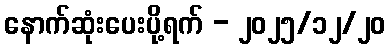
နောက်ဆုံးပေးပို့ရက် - ၂၀၂၅/၁၂/၂၀